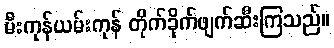
မီးကုန်ယမ်းကုန် တိုက်ခိုက်ဖျက်ဆီးကြသည်။